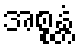
အစ္စန္တံ